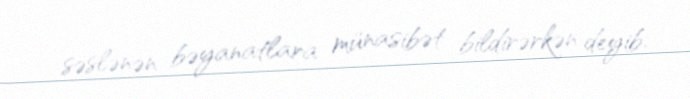
səslənən bəyanatlara münasibət bildirərkən deyib.